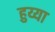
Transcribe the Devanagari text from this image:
हुय्या